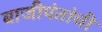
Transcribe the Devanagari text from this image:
बाजीपंतांची